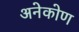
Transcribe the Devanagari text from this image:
अनेकोण